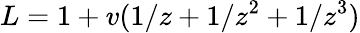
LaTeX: L=1+v(1/z+1/z^{2}+1/z^{3})